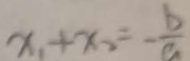
x _ { 1 } + x _ { 2 } = - \frac { b } { a }